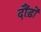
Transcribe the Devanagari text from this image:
दौंड़ों